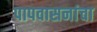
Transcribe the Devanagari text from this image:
पापवासनांचा